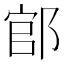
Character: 𨜌